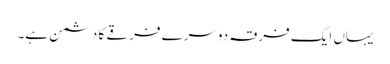
یہاں ایک فرقہ دوسرے فرقے کا دشمن ہے۔